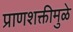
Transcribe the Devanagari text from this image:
प्राणशक्तीमुळे